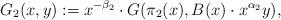
LaTeX: \begin{align*}G_2(x,y):=x^{-\beta_2}\cdot G(\pi_2(x), B(x)\cdot x^{ \alpha_2}y), \end{align*}